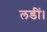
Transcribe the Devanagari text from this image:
लडीं।